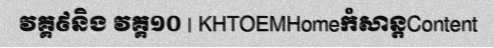
វគ្គ៩និង វគ្គ១០ | KHTOEMHomeកំសាន្តContent